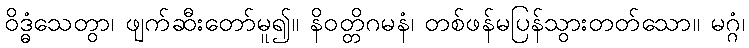
ဝိဒ္ဓံသေတွာ၊ ဖျက်ဆီးတော်မူ၍။ နိဝတ္တိဂမနံ၊ တစ်ဖန်မပြန်သွားတတ်သော။ မဂ္ဂံ၊